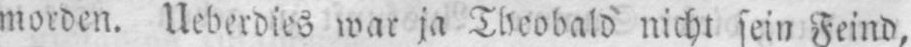
morden. Ueberdies war ja Theobald nicht sein Feind,